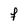
Character: f